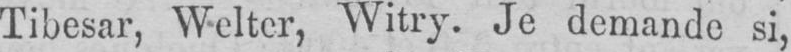
Tibesar, Wciter, Witry. Je demande si,